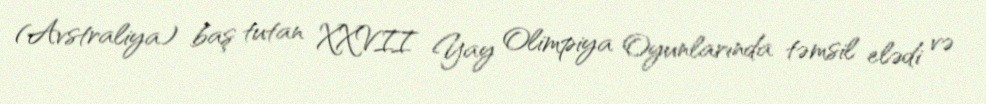
(Avstraliya) baş tutan XXVII Yay Olimpiya Oyunlarında təmsil elədi və